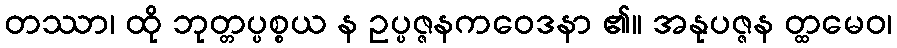
တဿာ၊ ထို ဘုတ္တပ္ပစ္စယ န ဥပ္ပဇ္ဇနကဝေဒနာ ၏။ အနုပဇ္ဇန တ္ထမေဝ၊